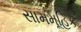
સામમૂહિક